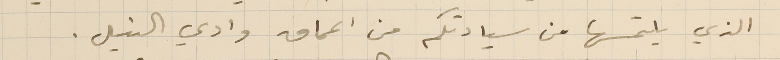
الذي يلتمسها من سيادتكم من اعماق وادي النيل.